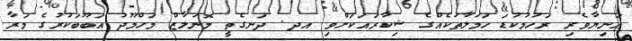
އަނިޔާވެރި ރަހުމުކުޑަ ހަމަލާތަކެއްގެ ޝިކާރައަކަށްވި އދ. ދަނގެތީ މޮނަލާޒް މަހްމޫދު އަބޫބަކުރުގެ މަރާ